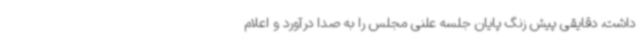
داشت، دقایقی پیش زنگ پایان جلسه علنی مجلس را به صدا درآورد و اعلام